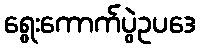
ရွေးကောက်ပွဲဥပဒေ